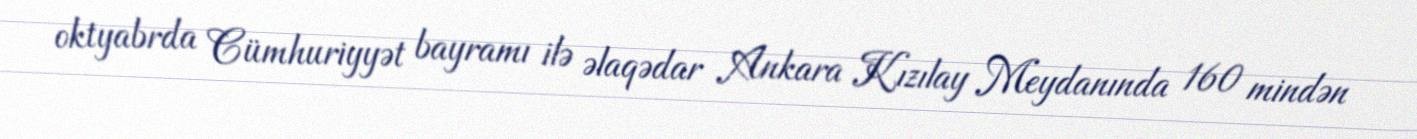
oktyabrda Cümhuriyyət bayramı ilə əlaqədar Ankara Kızılay Meydanında 160 mindən